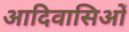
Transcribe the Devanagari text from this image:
आदिवासिओं